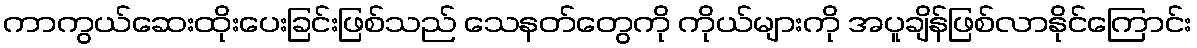
ကာကွယ်ဆေးထိုးပေးခြင်းဖြစ်သည် သေနတ်တွေကို ကိုယ်များကို အပူချိန်ဖြစ်လာနိုင်ကြောင်း